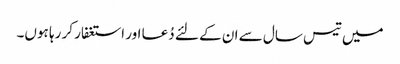
میں تیس سال سے ان کے لئے دُعا اور استغفار کر رہا ہوں۔